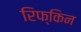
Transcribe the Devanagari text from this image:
रिफ्किन